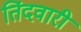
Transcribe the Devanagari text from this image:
तिंदवारी